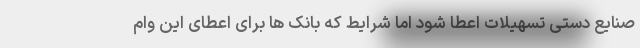
صنایع دستی تسهیلات اعطا شود اما شرایط که بانک ها برای اعطای این وام